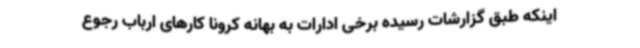
اینکه طبق گزارشات رسیده برخی ادارات به بهانه کرونا کارهای ارباب رجوع